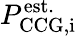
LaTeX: P_{\mathrm{CCG,i}}^{\mathrm{est.}}